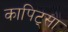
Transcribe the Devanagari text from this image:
कापिट्सा